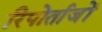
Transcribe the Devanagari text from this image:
रिपोर्ताजों